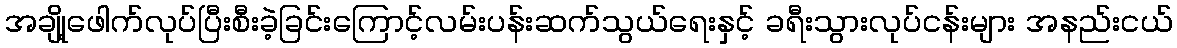
အချို့ဖေါက်လုပ်ပြီးစီးခဲ့ခြင်းကြောင့်လမ်းပန်းဆက်သွယ်ရေးနှင့် ခရီးသွားလုပ်ငန်းများ အနည်းငယ်